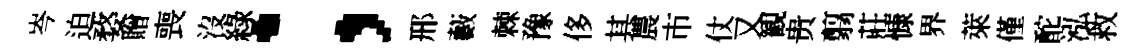
岑迫婺贈喪沒綠；邢藪棘豫侈其農市仗又観贵翦莊慷界萊僅酡泓救